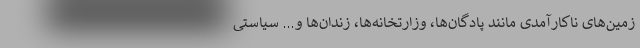
زمین‌های ناکارآمدی مانند پادگان‌ها، وزارتخانه‌ها، زندان‌ها و... سیاستی